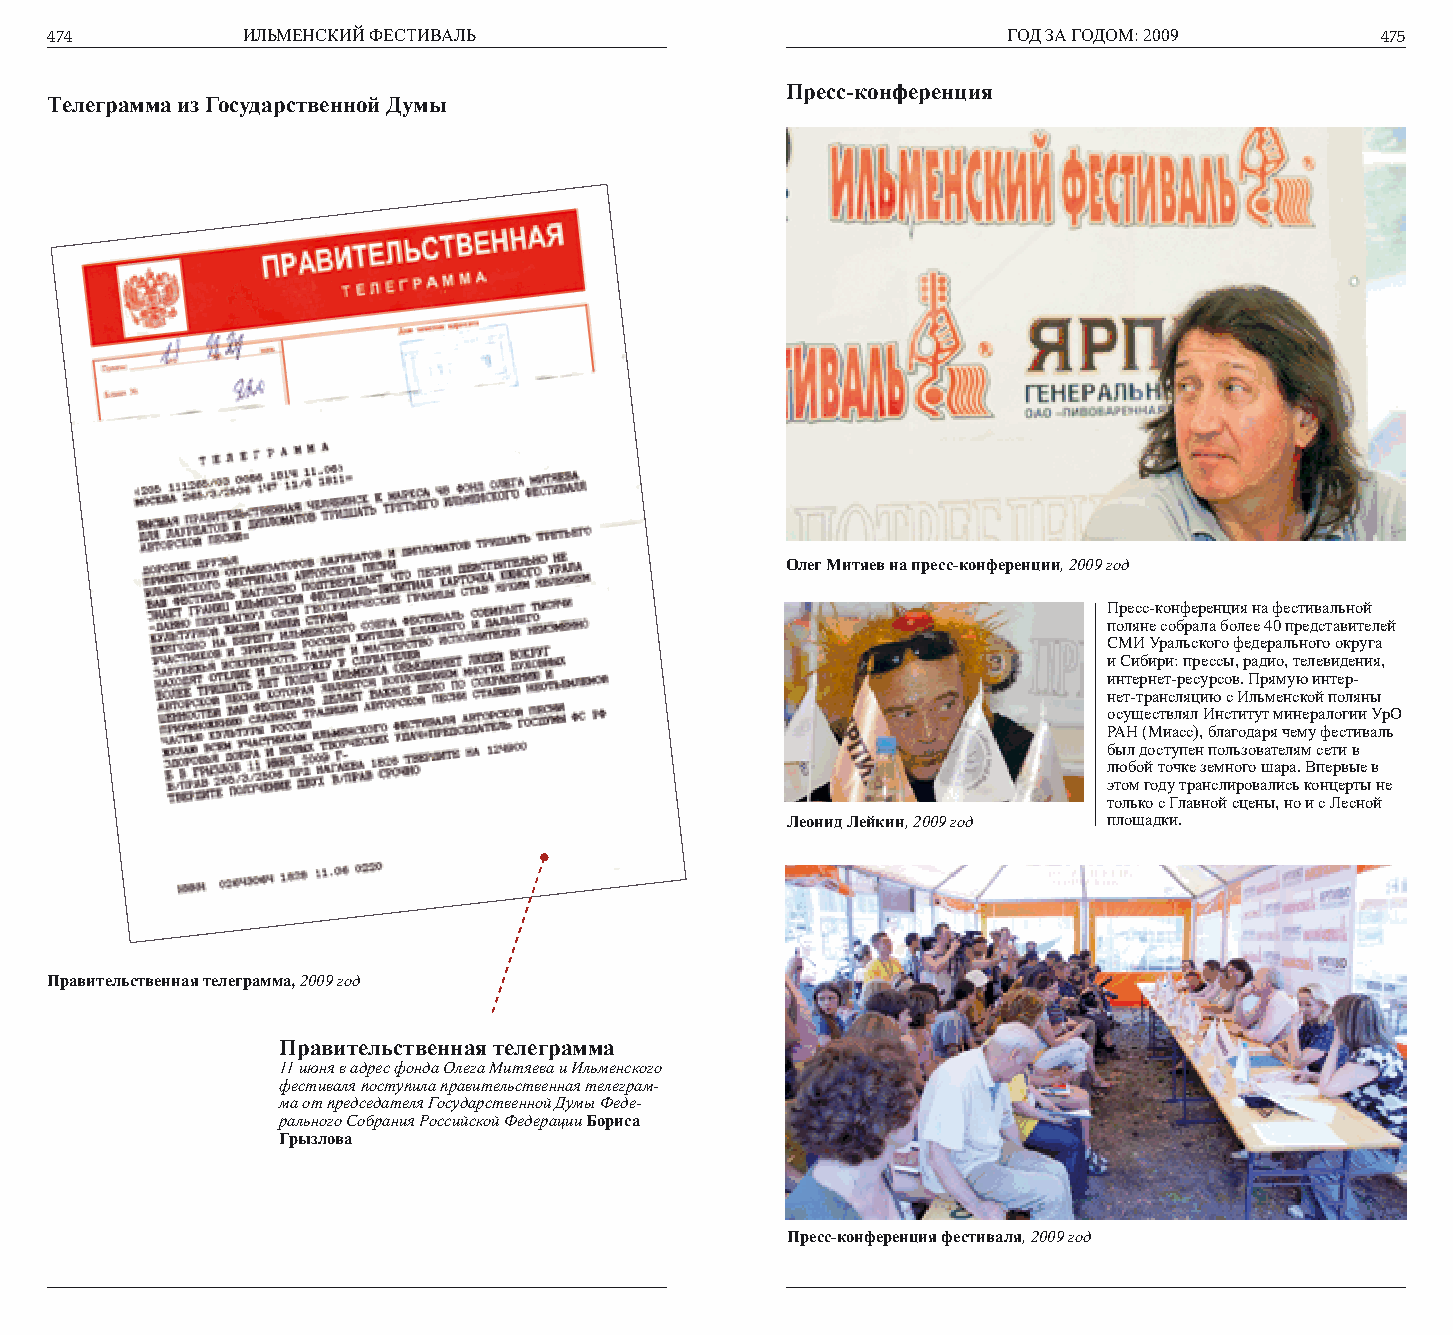
474          ИЛЬМЕНСКИЙ ФЕСТИВАЛЬ                               ГОД ЗА ГОДОМ: 2009      475
 Пресс-конференция
 Телеграмма из Государственной Думы
 Олег Митяев на пресс-конференции, 2009 год
 Пресс-конференция на фестивальной
 поляне собрала более 40 представителей
 СМИ Уральского федерального округа
 и Сибири: прессы, радио, телевидения,
 интернет-ресурсов. Прямую интер-
 нет-трансляцию с Ильменской поляны
 осуществлял Институт минералогии УрО
 РАН (Миасс), благодаря чему фестиваль
 был доступен пользователям сети в
 любой точке земного шара. Впервые в
 этом году транслировались концерты не
 только с Главной сцены, но и с Лесной
 Леонид Лейкин, 2009 год площадки.
 Правительственная телеграмма, 2009 год
 Правительственная телеграмма
 11 июня в адрес фонда Олега Митяева и Ильменского
 фестиваля поступила правительственная телеграм-
 ма от председателя Государственной Думы Феде-
 рального Собрания Российской Федерации Бориса
 Грызлова
 Пресс-конференция фестиваля, 2009 год